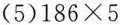
(5)$$186\times5$$